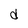
Character: d